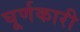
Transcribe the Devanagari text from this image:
घूर्णकारी